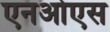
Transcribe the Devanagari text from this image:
एनओएस